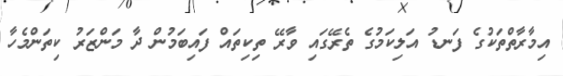
އިމާރާތްތަކުގެ ފަނޑު އަލިކަމުގެ ތެރޭގައި ވާރޭ ތިކިތައް ފައިބަމުން ދާ މަންޒަރު ކިތަންމެހާ